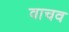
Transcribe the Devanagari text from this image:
वाचव